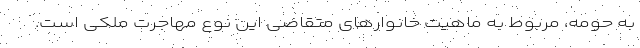
به حومه، مربوط به ماهیت خانوارهای متقاضی این نوع مهاجرت ملکی است.